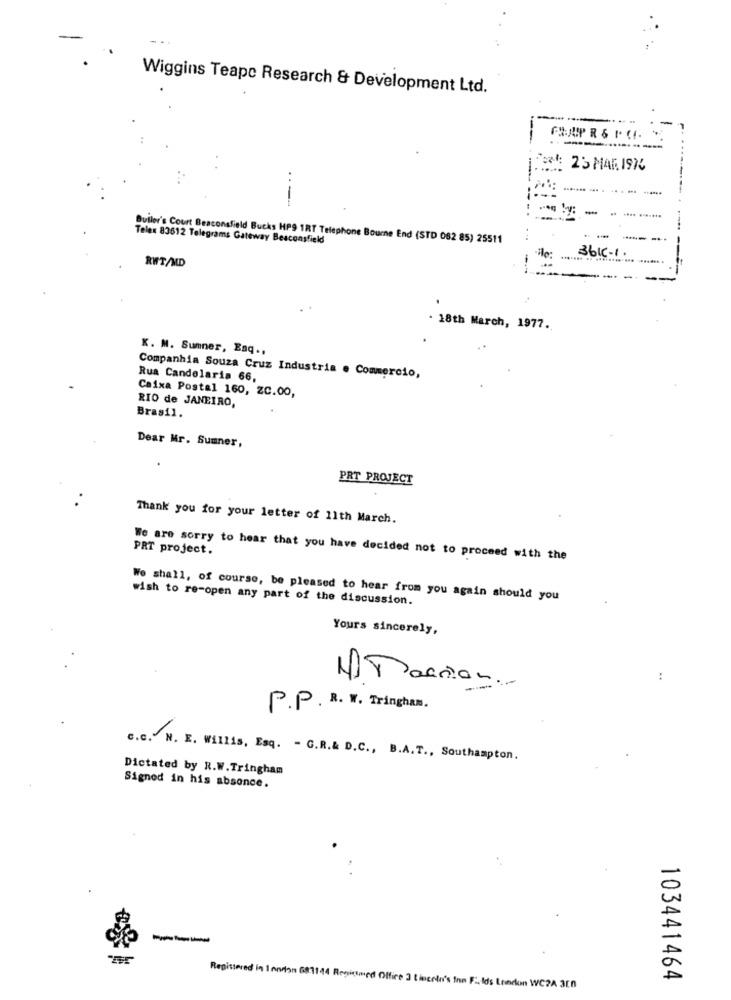
Wiggins Teape Research & Development Ltd.
-
3: 23 MAR 1976
. ......
----
-
.......
Telex 83612 Telegrams Gateway Beaconsfield
Buller's Court Beaconsfield Bucks HP9 1RT Telephone Bourne End (STD 082 85) 25511
3bic-1.
RWT/MD
.
. 18th March, 1977.
K. M. Sumner, Esq .,
Companhia Souza Cruz Industria e Commercio,
Rua Candelaria 66,
RIO de JANEIRO,
Caixa Postal 160, 20.00,
Brasil.
Dear Mr. Sumner,
PRT PROJECT
Thank you for your letter of 11th March.
PRT project.
We are sorry to hear that you have decided not to proceed with the
We shall, of course, be pleased to hear from you again should you
wish to re-open any part of the discussion.
Yours sincerely,
:
1) Maction .-
P.P. R. W. Tringhan.
c.c. N. E. Willis, Esq. - G.R.& D.C ., B.A. T ., Southampton.
Dictated by R.W.Tringham
Signed in his absence.
---
103441464
Registered in I onrion 681144 Regicimed Offire 3 Lincoln's Inn F .. Ids London WC?A 3En